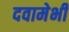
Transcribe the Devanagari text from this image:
दवामेभी